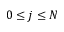
0 \le j \le N